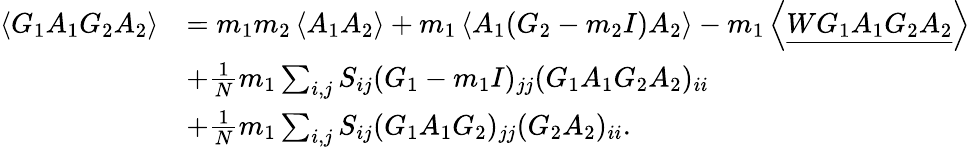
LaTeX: \begin{array}{rl}{\left\langle{G_{1}A_{1}G_{2}A_{2}}\right\rangle}&{=m_{1}m_{2}\left\langle{A_{1}A_{2}}\right\rangle+m_{1}\left\langle{A_{1}(G_{2}-m_{2}I)A_{2}}\right\rangle-m_{1}\left\langle{\underline{{WG_{1}A_{1}G_{2}A_{2}}}}\right\rangle}\\ &{+\frac{1}{N}m_{1}\sum_{i,j}S_{ij}(G_{1}-m_{1}I)_{jj}(G_{1}A_{1}G_{2}A_{2})_{ii}}\\ &{+\frac{1}{N}m_{1}\sum_{i,j}S_{ij}(G_{1}A_{1}G_{2})_{jj}(G_{2}A_{2})_{ii}.}\end{array}